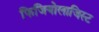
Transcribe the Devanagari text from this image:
फिजियोलाजिस्ट